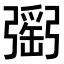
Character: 𢐥